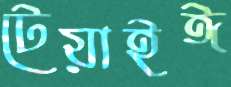
টেয়াইঈ